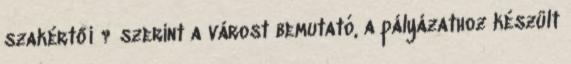
szakértői ? szerint a várost bemutató, a pályázathoz készült